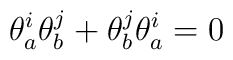
\theta_a^i \theta_b^j + \theta_b^j \theta_a^i=0